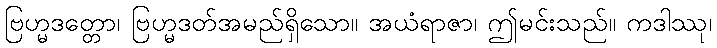
ဗြဟ္မဒတ္တော၊ ဗြဟ္မဒတ်အမည်ရှိသော။ အယံရာဇာ၊ ဤမင်းသည်။ ကဒါဿု၊